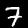
Digit: 7